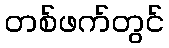
တစ်ဖက်တွင်